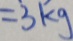
= 3 k g